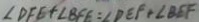
\angle D F E + \angle B F E = \angle D E F + \angle B E F